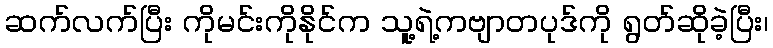
ဆက်လက်ပြီး ကိုမင်းကိုနိုင်က သူ့ရဲ့ကဗျာတပုဒ်ကို ရွတ်ဆိုခဲ့ပြီး၊